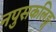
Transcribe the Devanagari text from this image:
नपुसकलिङ्ग